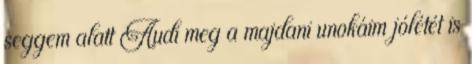
seggem alatt Audi meg a majdani unokáim jólétét is